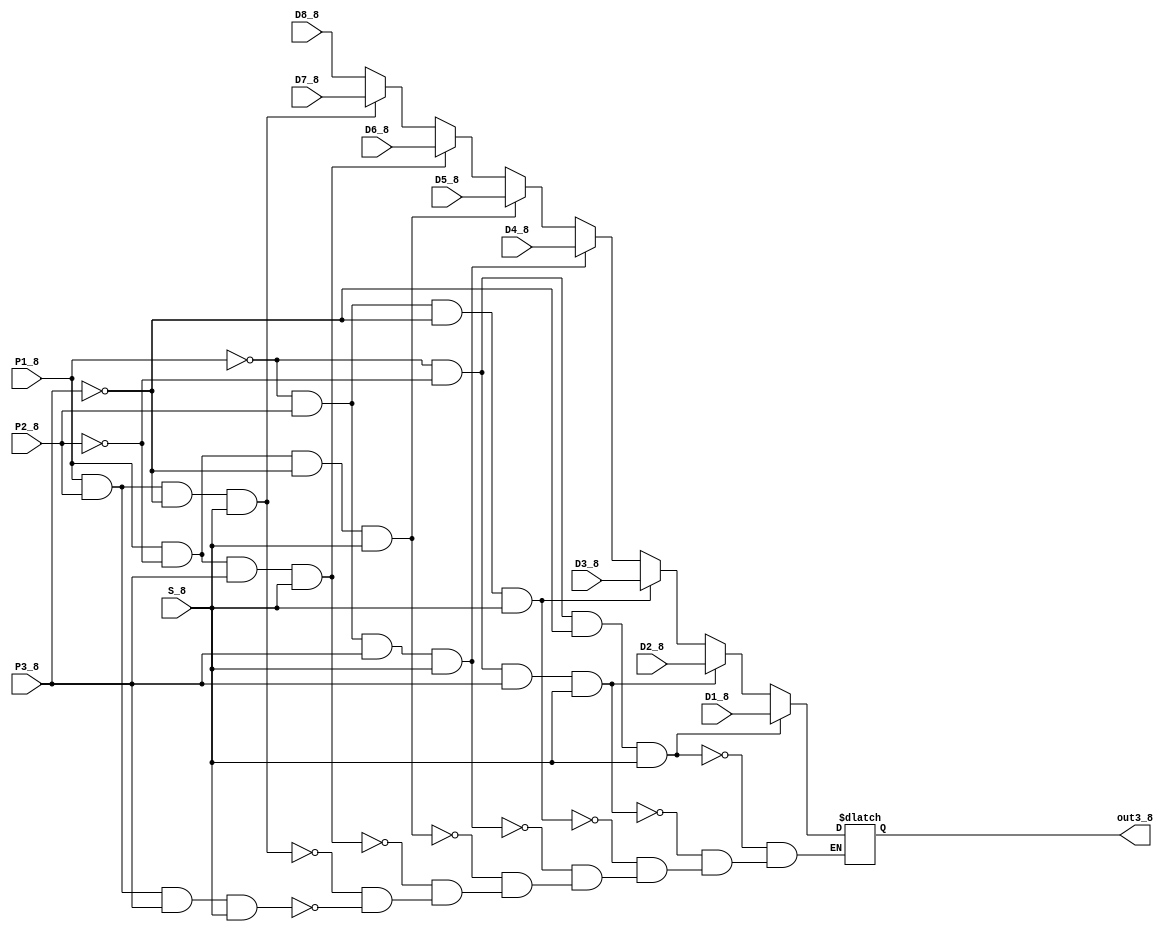
`timescale 1ns / 1ps
//////////////////////////////////////////////////////////////////////////////////
// Company: 
// Engineer: 
// 
// Design Name: 
// Module Name: Data_selector8
// Project Name: 
// Target Devices: 
// Tool Versions: 
// Description: 
// 
// Dependencies: 
// 
// Revision:
// Revision 0.01 - File Created
// Additional Comments:
// 
//////////////////////////////////////////////////////////////////////////////////


module Data_selector8#(parameter WIDTH=4)(D1_8,D2_8,D3_8,D4_8,D5_8,D6_8,D7_8,D8_8,P1_8,P2_8,P3_8,S_8,out3_8);
input [WIDTH-1:0] D1_8;
input [WIDTH-1:0] D2_8;
input [WIDTH-1:0] D3_8;
input [WIDTH-1:0] D4_8;
input [WIDTH-1:0] D5_8;
input [WIDTH-1:0] D6_8;
input [WIDTH-1:0] D7_8;
input [WIDTH-1:0] D8_8;
input  S_8;
input  P1_8;
input  P2_8;
input  P3_8;
output reg [WIDTH-1:0] out3_8;
always @ * 
begin
if     (((~P1_8)&(~P2_8)&(~P3_8))&S_8)  out3_8<=D1_8;
else if(((~P1_8)&(~P2_8)&P3_8)&S_8)     out3_8<=D2_8;
else if(((~P1_8)&P2_8&(~P3_8))&S_8)     out3_8<=D3_8;
else if(((~P1_8)&P2_8&P3_8)&S_8)        out3_8<=D4_8;
else if((P1_8&(~P2_8)&(~P3_8))&S_8)     out3_8<=D5_8;
else if((P1_8&(~P2_8)&P3_8)&S_8)        out3_8<=D6_8;
else if((P1_8&P2_8&(~P3_8))&S_8)        out3_8<=D7_8;
else if((P1_8&P2_8&P3_8)&S_8)           out3_8<=D8_8;
end
endmodule